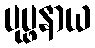
ပုပ္ဖနာယ